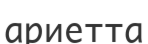
ариетта